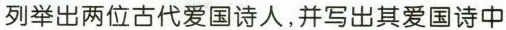
列举出两位古代爱国诗人，并写出其爱国诗中